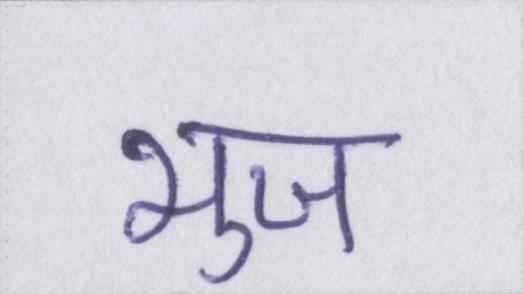
भुज